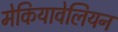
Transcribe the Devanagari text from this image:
मेकियावेलियन